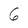
Character: 6